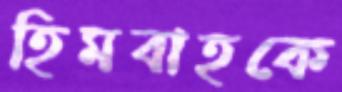
হিমবাহকে